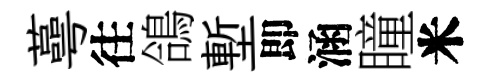
蕚往鴿塹即涵瞳米